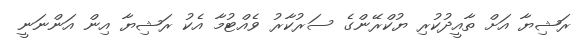
ރަޝިޔާ އަށް ތާއީދުކުރި ޔުކްރޭންގެ ސަރުކާރު ވެއްޓުމާ އެކު ރަޝިޔާ އިން އަންނަނީ